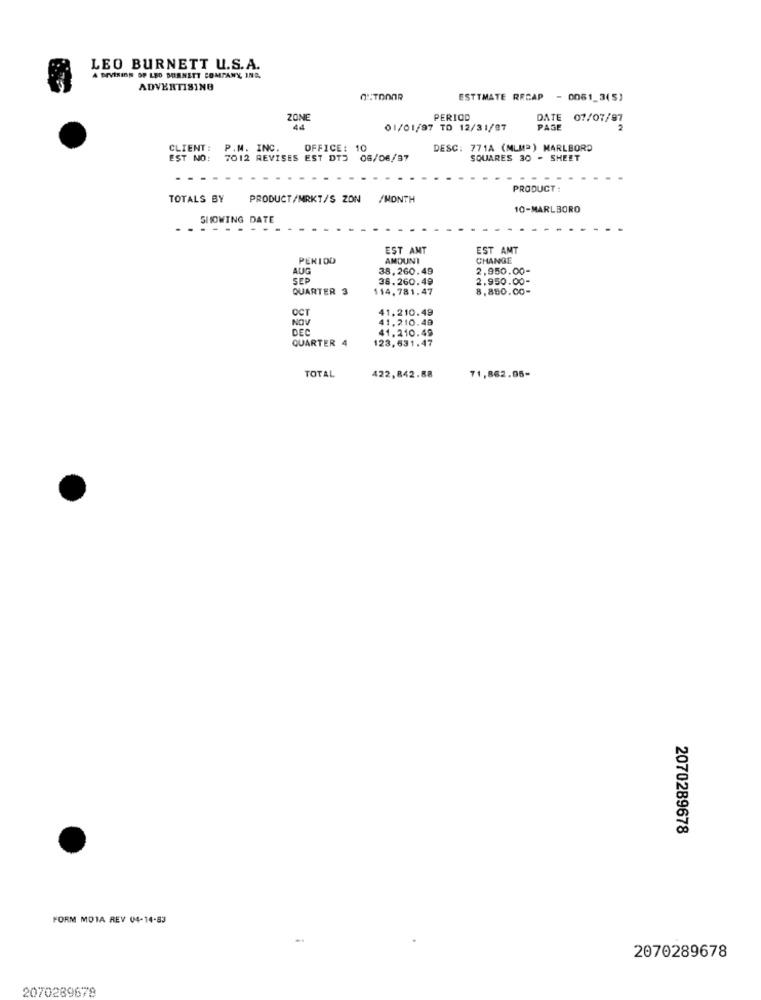
LEO BURNETT U.S.A.
A DIVISION SP LEO BURNETT COMPANY, INC.
ADVERTISING
ESTIMATE RECAP - 0061_3(5)
ZONE
PERIOD
DATE
07/07/97
44
01/01/97 TO 12/31/87
PAGE
CLIENT :
P.M. INC.
OFFICE: 10
DESC: 771A (MLMª) MARLBORO
EST NO:
7012 REVISES EST DTJ 08/06/87
SQUARES 30 - SHEET
PRODUCT :
TOTALS BY
PRODUCT/MRKT/S ZON /MONTH
10-MARLBORO
SHOWING DATE
......
EST AMT
EST AMT
PERIOD
AMOUNT
CHANGE
AUG
38,260.49
2,950.00-
SEP
38.260.49
2.950.00-
QUARTER 3
114.781.47
8,880.00-
OCT
41.210.49
NOV
41.210.49
DEC
41.210.49
QUARTER 4
123,631.47
71,862.05-
TOTAL
422,842.88
2070289678
FORM MOTA REV 04-14-83
2070289678
2070289678